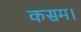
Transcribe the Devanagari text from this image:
कसम।